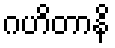
ဂဟိတာနိ